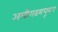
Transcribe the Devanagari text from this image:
अलीगढमधूनच